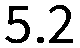
5.2